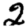
Digit: 2